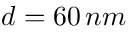
d = 6 0 \, n m